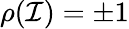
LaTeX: \rho(\mathcal{I})=\pm 1